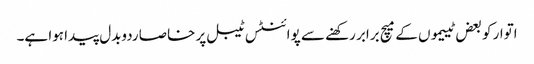
اتوار کو بعض ٹییموں کے میچ برابر رکھنے سے پوائنٹس ٹیبل پر خاصا ردوبدل پیدا ہوا ہے۔